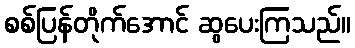
စစ်ပြန်တိုက်အောင် ဆွပေးကြသည်။